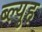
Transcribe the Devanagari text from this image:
ब्ल्युह